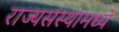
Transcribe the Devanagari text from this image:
राज्यसंस्थामध्ये